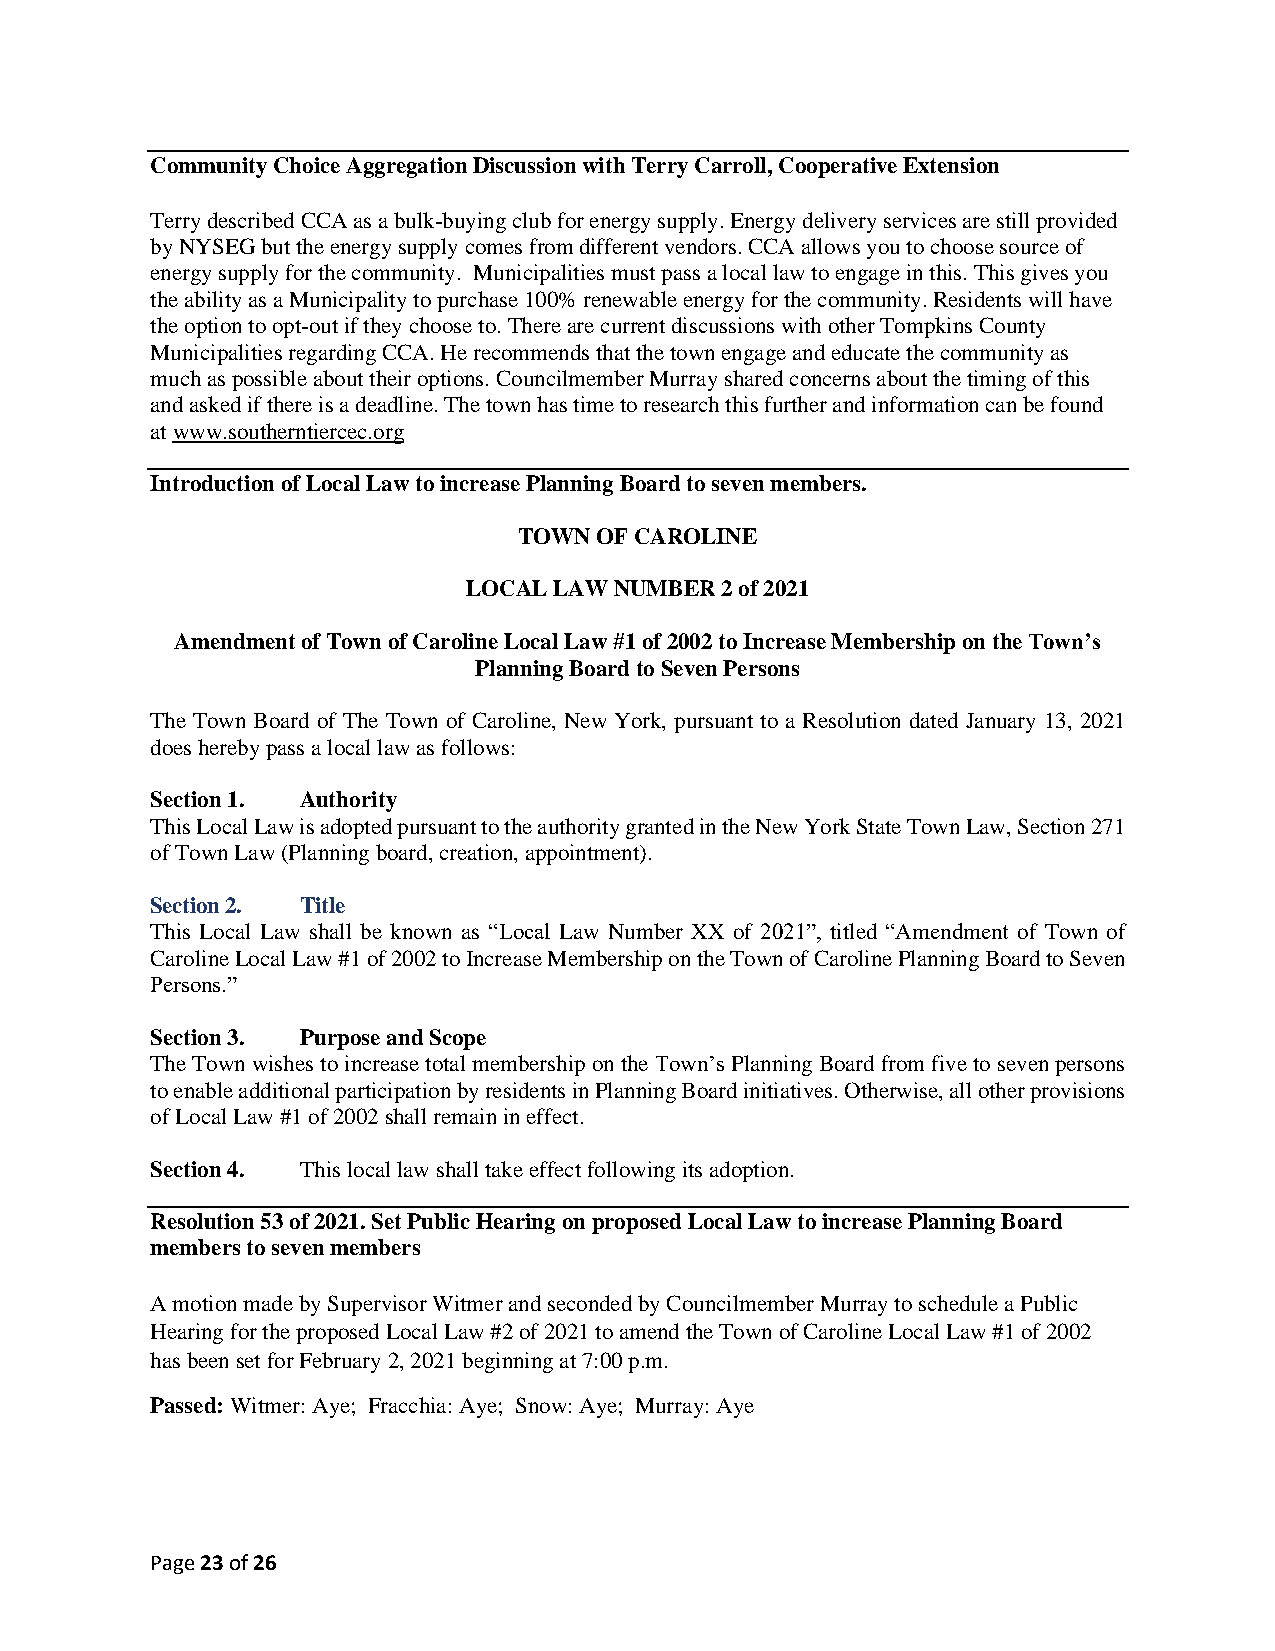
Community Choice Aggregation Discussion with Terry Carroll, Cooperative Extension
 Terry described CCA as a bulk-buying club for energy supply. Energy delivery services are still provided
 by NYSEG but the energy supply comes from different vendors. CCA allows you to choose source of
 energy supply for the community. Municipalities must pass a local law to engage in this. This gives you
 the ability as a Municipality to purchase 100% renewable energy for the community. Residents will have
 the option to opt-out if they choose to. There are current discussions with other Tompkins County
 Municipalities regarding CCA. He recommends that the town engage and educate the community as
 much as possible about their options. Councilmember Murray shared concerns about the timing of this
 and asked if there is a deadline. The town has time to research this further and information can be found
 at www.southerntiercec.org
 Introduction of Local Law to increase Planning Board to seven members.
 TOWN OF CAROLINE
 LOCAL LAW NUMBER 2 of 2021
 Amendment of Town of Caroline Local Law #1 of 2002 to Increase Membership on the Town’s
 Planning Board to Seven Persons
 The Town Board of The Town of Caroline, New York, pursuant to a Resolution dated January 13, 2021
 does hereby pass a local law as follows:
 Section 1. Authority
 This Local Law is adopted pursuant to the authority granted in the New York State Town Law, Section 271
 of Town Law (Planning board, creation, appointment).
 Section 2. Title
 This Local Law shall be known as “Local Law Number XX of 2021”, titled “Amendment of Town of
 Caroline Local Law #1 of 2002 to Increase Membership on the Town of Caroline Planning Board to Seven
 Persons.”
 Section 3. Purpose and Scope
 The Town wishes to increase total membership on the Town’s Planning Board from five to seven persons
 to enable additional participation by residents in Planning Board initiatives. Otherwise, all other provisions
 of Local Law #1 of 2002 shall remain in effect.
 Section 4. This local law shall take effect following its adoption.
 Resolution 53 of 2021. Set Public Hearing on proposed Local Law to increase Planning Board
 members to seven members
 A motion made by Supervisor Witmer and seconded by Councilmember Murray to schedule a Public
 Hearing for the proposed Local Law #2 of 2021 to amend the Town of Caroline Local Law #1 of 2002
 has been set for February 2, 2021 beginning at 7:00 p.m.
 Passed: Witmer: Aye; Fracchia: Aye; Snow: Aye; Murray: Aye
 Page 23 of 26